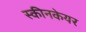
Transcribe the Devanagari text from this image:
स्कीनकेयर